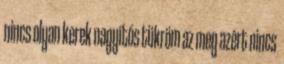
nincs olyan kerek nagyítós tükröm az meg azért nincs